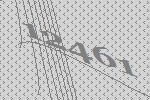
12461